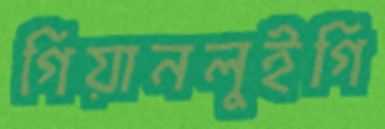
গিয়ানলুইগি